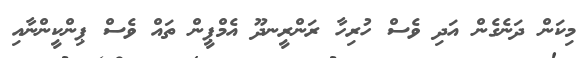
މިކަން ދަނެގެން އަދި ވެސް ހުރިހާ ރަންރީނދޫ އެމްޕީން ތައް ވެސް ޕިންކީންނާއި